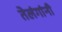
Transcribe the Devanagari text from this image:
तेलंगांनी